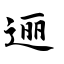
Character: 逦